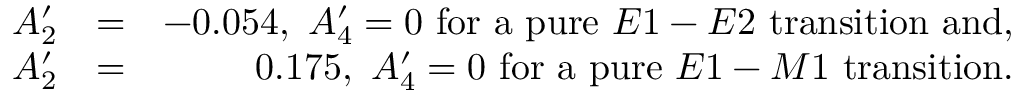
\begin{array} { r l r } { A _ { 2 } ^ { \prime } } & { = } & { - 0 . 0 5 4 , \ A _ { 4 } ^ { \prime } = 0 \ \mathrm { f o r \ a \ p u r e } \ E 1 - E 2 \mathrm { \ t r a n s i t i o n \ a n d , } } \\ { A _ { 2 } ^ { \prime } } & { = } & { 0 . 1 7 5 , \ A _ { 4 } ^ { \prime } = 0 \ \mathrm { f o r \ a \ p u r e } \ E 1 - M 1 \mathrm { \ t r a n s i t i o n . } } \end{array}